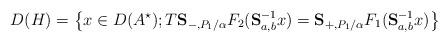
LaTeX: \begin{align*} D(H) = \bigl\{ x\in D(A^\star); T \mathbf{S}_{-,P_1/\alpha} {F}_2(\mathbf{S}_{a,b}^{-1}x) = \mathbf{S}_{+,P_1/\alpha} {F}_1(\mathbf{S}_{a,b}^{-1}x) \bigr\}\end{align*}